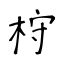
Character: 𣑋